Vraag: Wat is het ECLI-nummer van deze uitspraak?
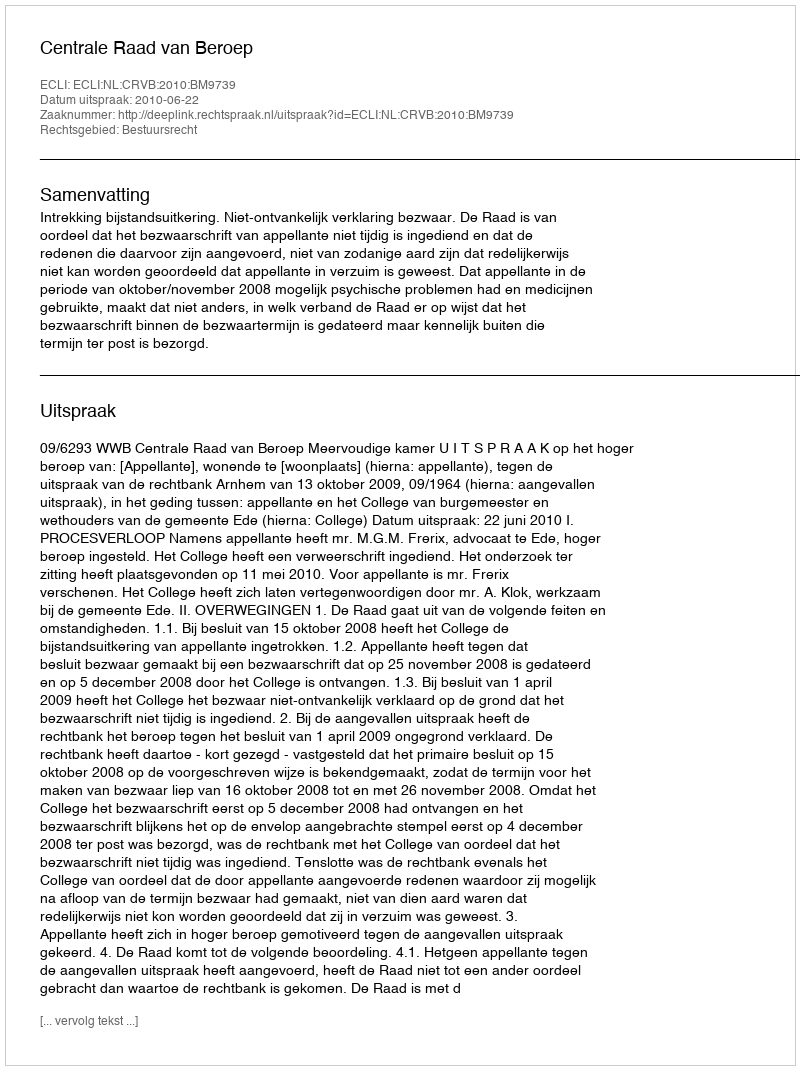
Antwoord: ECLI:NL:CRVB:2010:BM9739